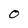
Character: O